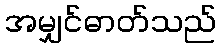
အမျှင်ဓာတ်သည်